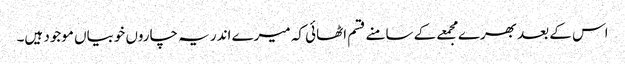
اس کے بعد بھرے مجمعے کے سامنے قسم اٹھائی کہ میرے اندر یہ چاروں خوبیاں موجود ہیں۔